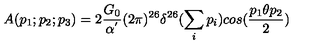
A ( p _ { 1 } ; p _ { 2 } ; p _ { 3 } ) = 2 \frac { G _ { 0 } } { \alpha ^ { ' } } ( 2 \pi ) ^ { 2 6 } \delta ^ { 2 6 } ( \sum _ { i } p _ { i } ) c o s ( \frac { p _ { 1 } \theta p _ { 2 } } { 2 } )